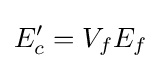
E_{c}'=V_{f}E_{f}